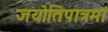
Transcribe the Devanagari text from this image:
जयोतिपात्रमां